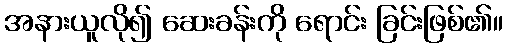
အနားယူလို၍ ဆေးခန်းကို ရောင်း ခြင်းဖြစ်၏။